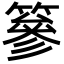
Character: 篸